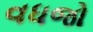
વધજો